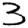
Digit: 3